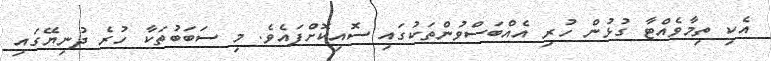
އެކި ތިމާވެއްޓާ ގުޅުން ހުރި އެއްބަސްވުންތަކުގައި ސޮއިކޮށްފައެވެ. މި ސަބަބުތަކާ ހުރެ ދުނިޔޭގައި